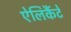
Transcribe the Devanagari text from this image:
ऐलिकैंटे